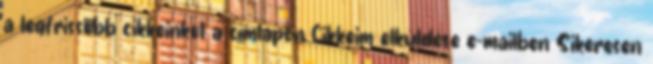
a legfrissebb cikkeinket a címlapon Cikkeim elküldése e-mailben Sikeresen